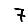
Digit: 7